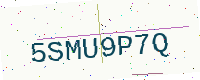
Text: 5SMU9P7Q